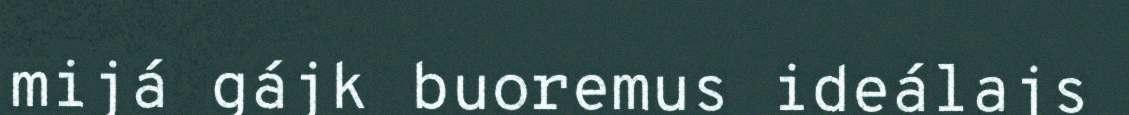
mijá gájk buoremus ideálajs